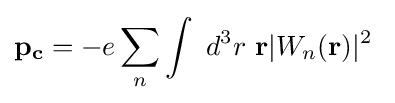
\mathbf {p_{c}} =-e\sum _{n}\int \ d^{3}r\,\,\mathbf {r} |W_{n}(\mathbf {r} )|^{2}\